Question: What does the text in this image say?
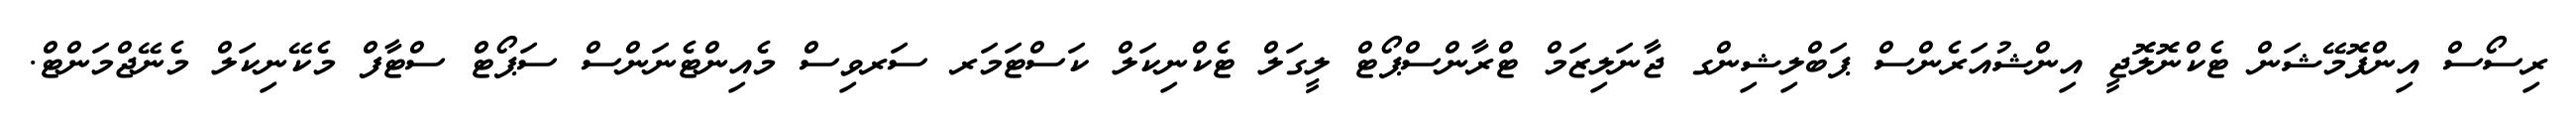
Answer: ރިސޯސް އިންފޮމޭޝަން ޓެކްނޮލޮޖީ އިންޝުއަރެންސް ޕަބްލިޝިންގ ޖާނަލިޒަމް ޓްރާންސްޕޯޓް ލީގަލް ޓެކްނިކަލް ކަސްޓަމަރ ސަރވިސް މެއިންޓެނަންސް ސަޕޯޓް ސްޓާފް މެކޭނިކަލް މެނޭޖްމަންޓް.